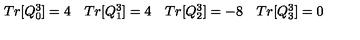
\left. \begin{array} { l l l l } { T r [ Q _ { 0 } ^ { 3 } ] = 4 } & { T r [ Q _ { 1 } ^ { 3 } ] = 4 } & { T r [ Q _ { 2 } ^ { 3 } ] = - 8 } & { T r [ Q _ { 3 } ^ { 3 } ] = 0 } \\ \end{array} \right.